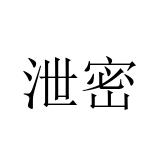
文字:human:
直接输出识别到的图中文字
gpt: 泄密